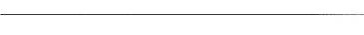
___